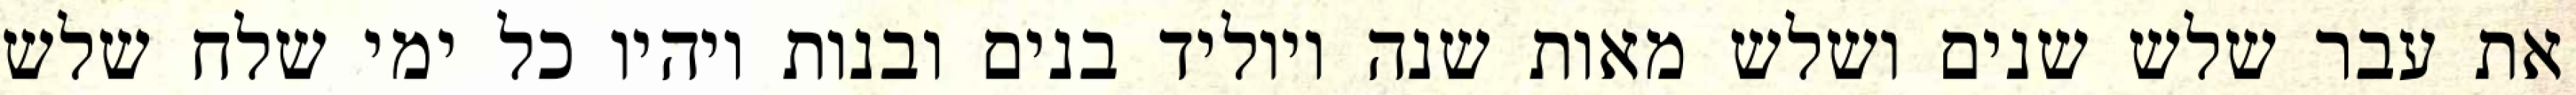
את עבר שלש שנים ושלש מאות שנה ויוליד בנים ובנות ויהיו כל ימי שלח שלש